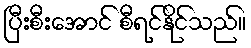
ပြီးစီးအောင် စီရင်နိုင်သည်။